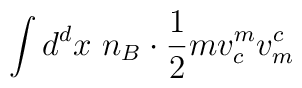
\int d^d x~n_B \cdot \frac{1}{2} mv_c^m v_m^c